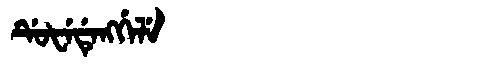
Manchu: ᡩᡠᡶᡝᡩᡝᠩᡤᡝᠯᡝ
Romanization: DUFEDENGGELE